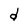
Character: d